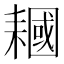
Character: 𱻵